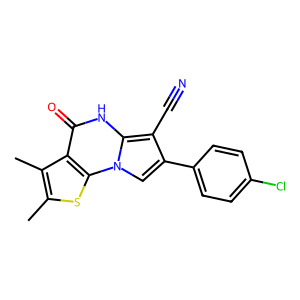
SMILES: Cc1sc2c(c1C)c(=O)[nH]c1c(C#N)c(-c3ccc(Cl)cc3)cn12
Inhibits HIV replication: No